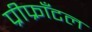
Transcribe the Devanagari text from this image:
प्रीफ्राँटल